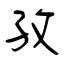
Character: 孜